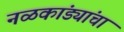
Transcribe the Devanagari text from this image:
नळकांड्यांचा